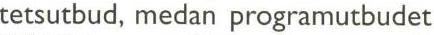
tetsutbud, medan programutbudet